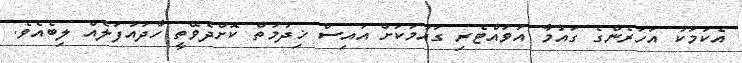
އެކަމަކު އަހަރެންގެ ގައުމާ އަވައްޓެރި ގައުމަކަށް އައިސް ޚިދުމަތް ކޮށްދެވޭތީ ހާދައުފަލެއް ލިބެއެވެ.